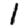
Digit: 1